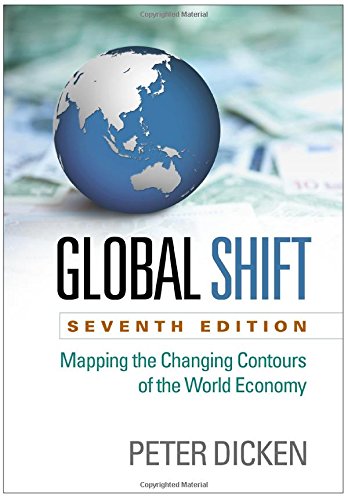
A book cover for Global Shift, Seventh Edition: Mapping the Changing Contours of the World Economy; Peter Dicken; Business & Money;